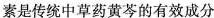
素是传统中草药黄芩的有效成分